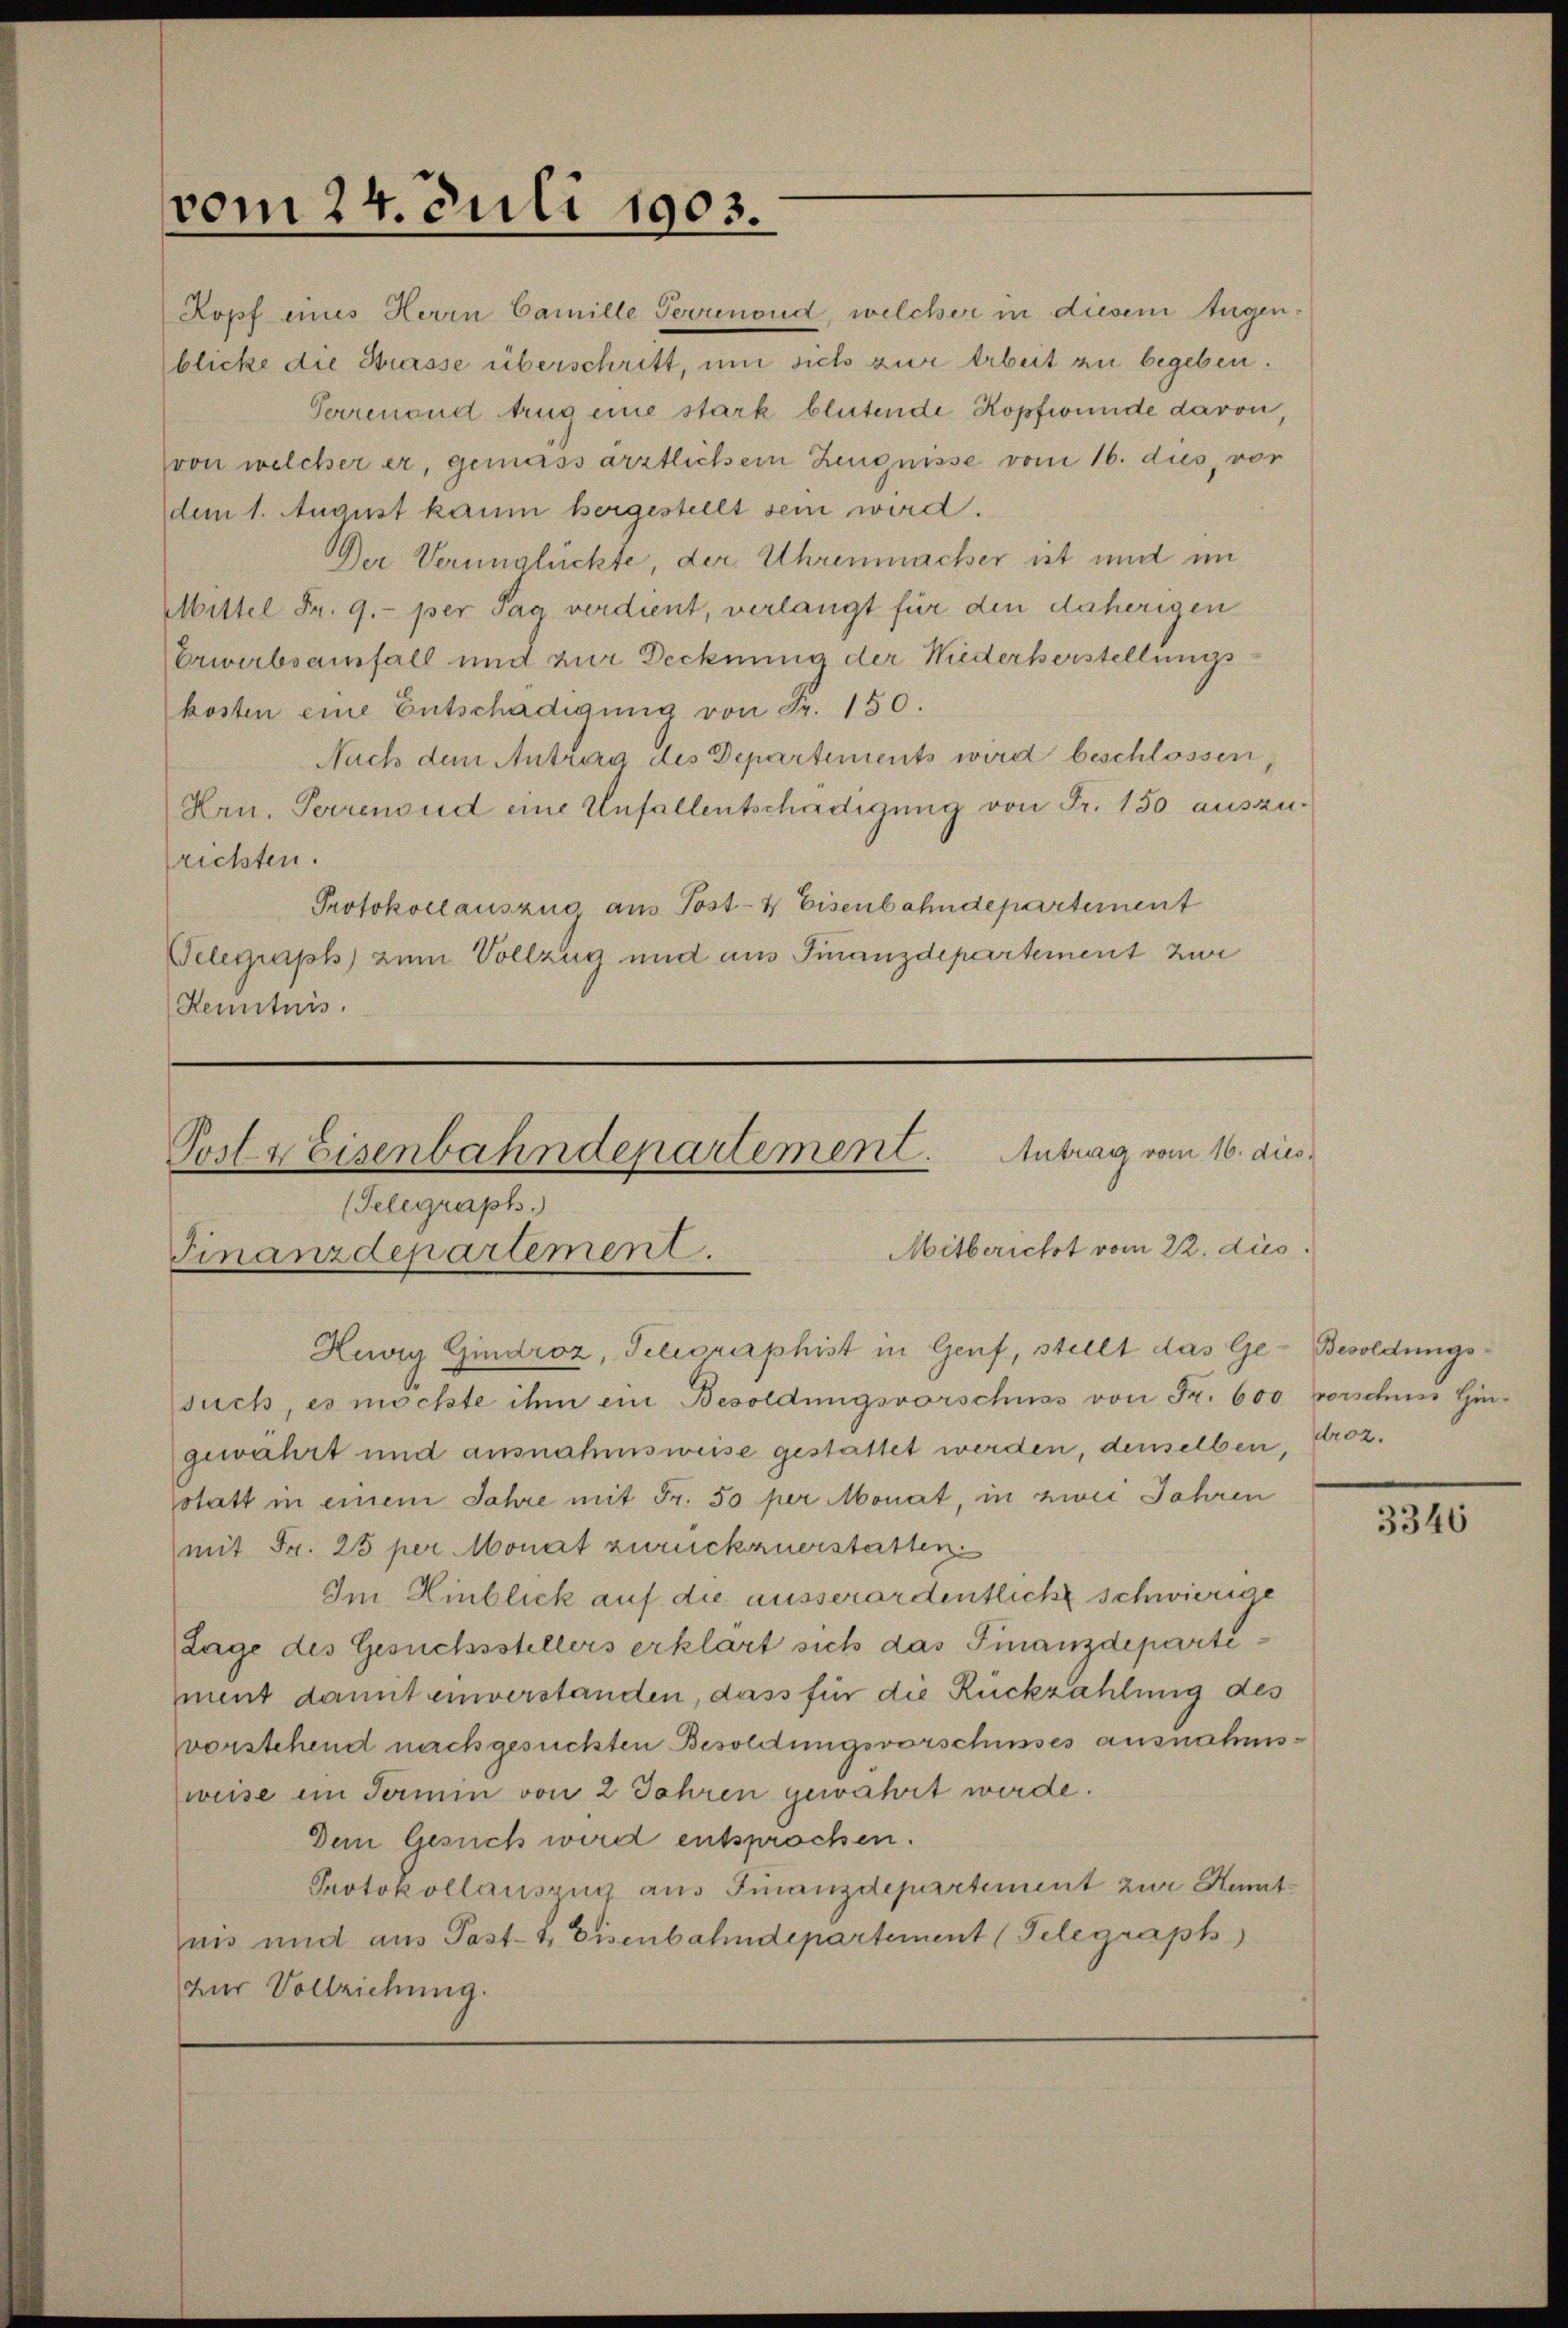
vom 24. Juli 1903.
2.

Kopf eines Herrn Camille Sevunond, welcher in diesem Augenblicke die Strasse überschritt, um sich zur Arbeit zu begeben.
Perrenend trug eine stark blutende Kopfwunde davon,
(von welcher er, gemäss ärztlichem Zeugnisse vom 16. dus, vor
dem 1. August kaum hergestellt sein wird.
DDer Verunglückte, der Uhrenmacher ist und im
Mittel Fr. 9. per Tag verdient, verlangt für den daherigen
Erwerbsanfall und zur Decknung der Wiederkerstellungs
kosten eine Entschädigŭng von Fr. 150.
Nach dem Antrag des Departements wird beschlossen,
Hrn. Perrenoud eine Unfallentschädigung von Fr. 150 auszurichten.
Protokollauszug aus Post- & Eisenbahndepartement
Telegraph) zum Vollzug und aus Finanzdepartement zur
Kenntnis.

Hewig Gindroz, Telegraphist in Genf, stellt das Gesuch es möchte ihm ein Besoldungsvorschuss von Fr. 600 vorschuss Gin-
gewahrt und ausnahmsweise gestattet werden, denselben,
pstatt in einem Jahre mit Fr. 50 per Monat, in zwei Jahren
mit Fr. 25 per Monat zurückzuerstatten.
Im Hinblick auf die ausserordentlich schwierige
Lage des Gesuchsstellers erklärt sich das Finanzdepartiment damit einverstanden, dass für die Rückzahlung des
vvorstehend nach gesuchten Besoldungsvorschusses ausnahmsweise im Termin von 2 Jahren gewahrt werde.
Dem Gesuch wird entsprochen.
Protokollauszug aus Finanzdepartement zur Kenntnis und aus Post- & Eisenbahndepartement (Telegraph
zur Vollziehung.

Antrag vom 16. dies
Post & Eisenbahndepartement.
(Telegraph.)
Mitbericht vom 22. dies
Finanzdepartement.

Besoldungsroz.

3346